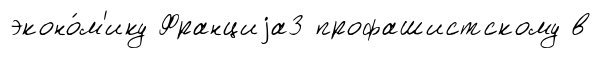
эконо́м'ику Франциjа3 профашистскому в